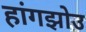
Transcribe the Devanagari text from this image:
हांगझोउ